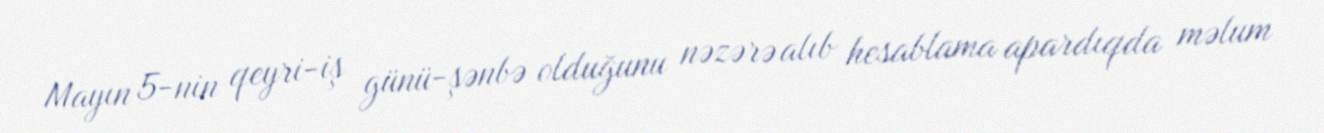
Mayın 5-nin qeyri-iş günü-şənbə olduğunu nəzərə alıb hesablama apardıqda məlum